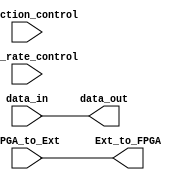
module IO_Block_Differential_Buffer (
    input wire FPGA_to_Ext,
    output wire Ext_to_FPGA,
    input wire [7:0] data_in,
    output wire [7:0] data_out,
    input wire direction_control,
    input wire [1:0] slew_rate_control    
);

assign Ext_to_FPGA = FPGA_to_Ext;
assign data_out = data_in;

endmodule